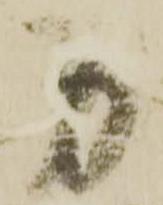
身